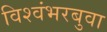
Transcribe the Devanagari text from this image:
विश्वंभरबुवा